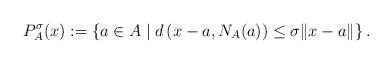
LaTeX: \begin{align*}P_{A}^\sigma(x):= \left\{a\in A \mid d\left(x-a,N_A(a)\right)\le \sigma\|x-a\|\right\}.\end{align*}